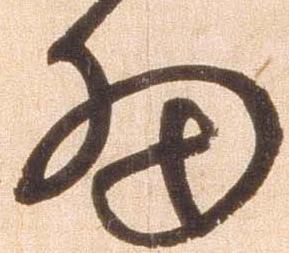
細